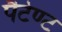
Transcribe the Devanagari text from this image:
पैटेण्ट